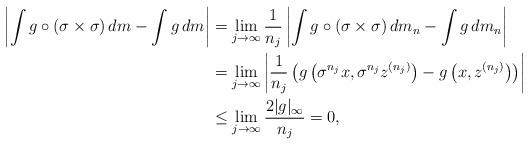
LaTeX: \begin{align*}\left|\int g \circ (\sigma \times \sigma)\,dm - \int g\,dm\right| &= \lim_{j \to \infty} \frac{1}{n_j}\left|\int g \circ (\sigma \times \sigma)\,dm_n - \int g\,dm_n\right| \\&=\lim_{j \to \infty} \left|\frac{1}{n_j}\left(g\left(\sigma^{n_j}x,\sigma^{n_j}z^{(n_j)}\right)-g\left(x,z^{(n_j)}\right)\right)\right|\\&\leq \lim_{j \to \infty}\frac{2|g|_\infty}{n_j}=0,\end{align*}